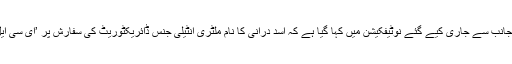
وزارت داخلہ سے جانب سے جاری کیے گئے نوٹیفکیشن میں کہا گیا ہے کہ اسد درانی کا نام ملٹری انٹیلی جنس ڈائریکٹوریٹ کی سفارش پر ’ای سی ایل‘ میں ڈالا گیا ہے۔